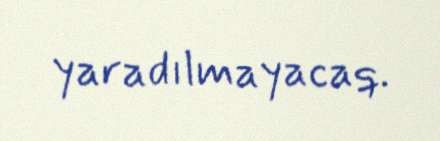
yaradılmayacaq.